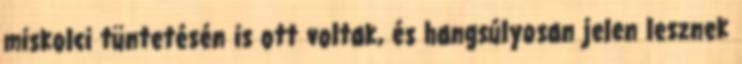
miskolci tüntetésén is ott voltak, és hangsúlyosan jelen lesznek